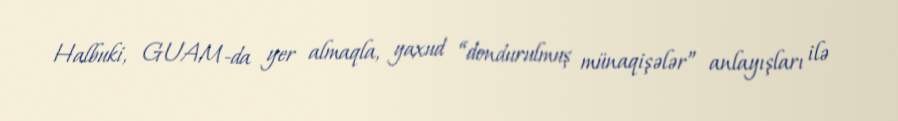
Halbuki, GUAM-da yer almaqla, yaxud “dondurulmuş münaqişələr” anlayışları ilə